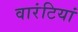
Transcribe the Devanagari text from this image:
वारंटियां